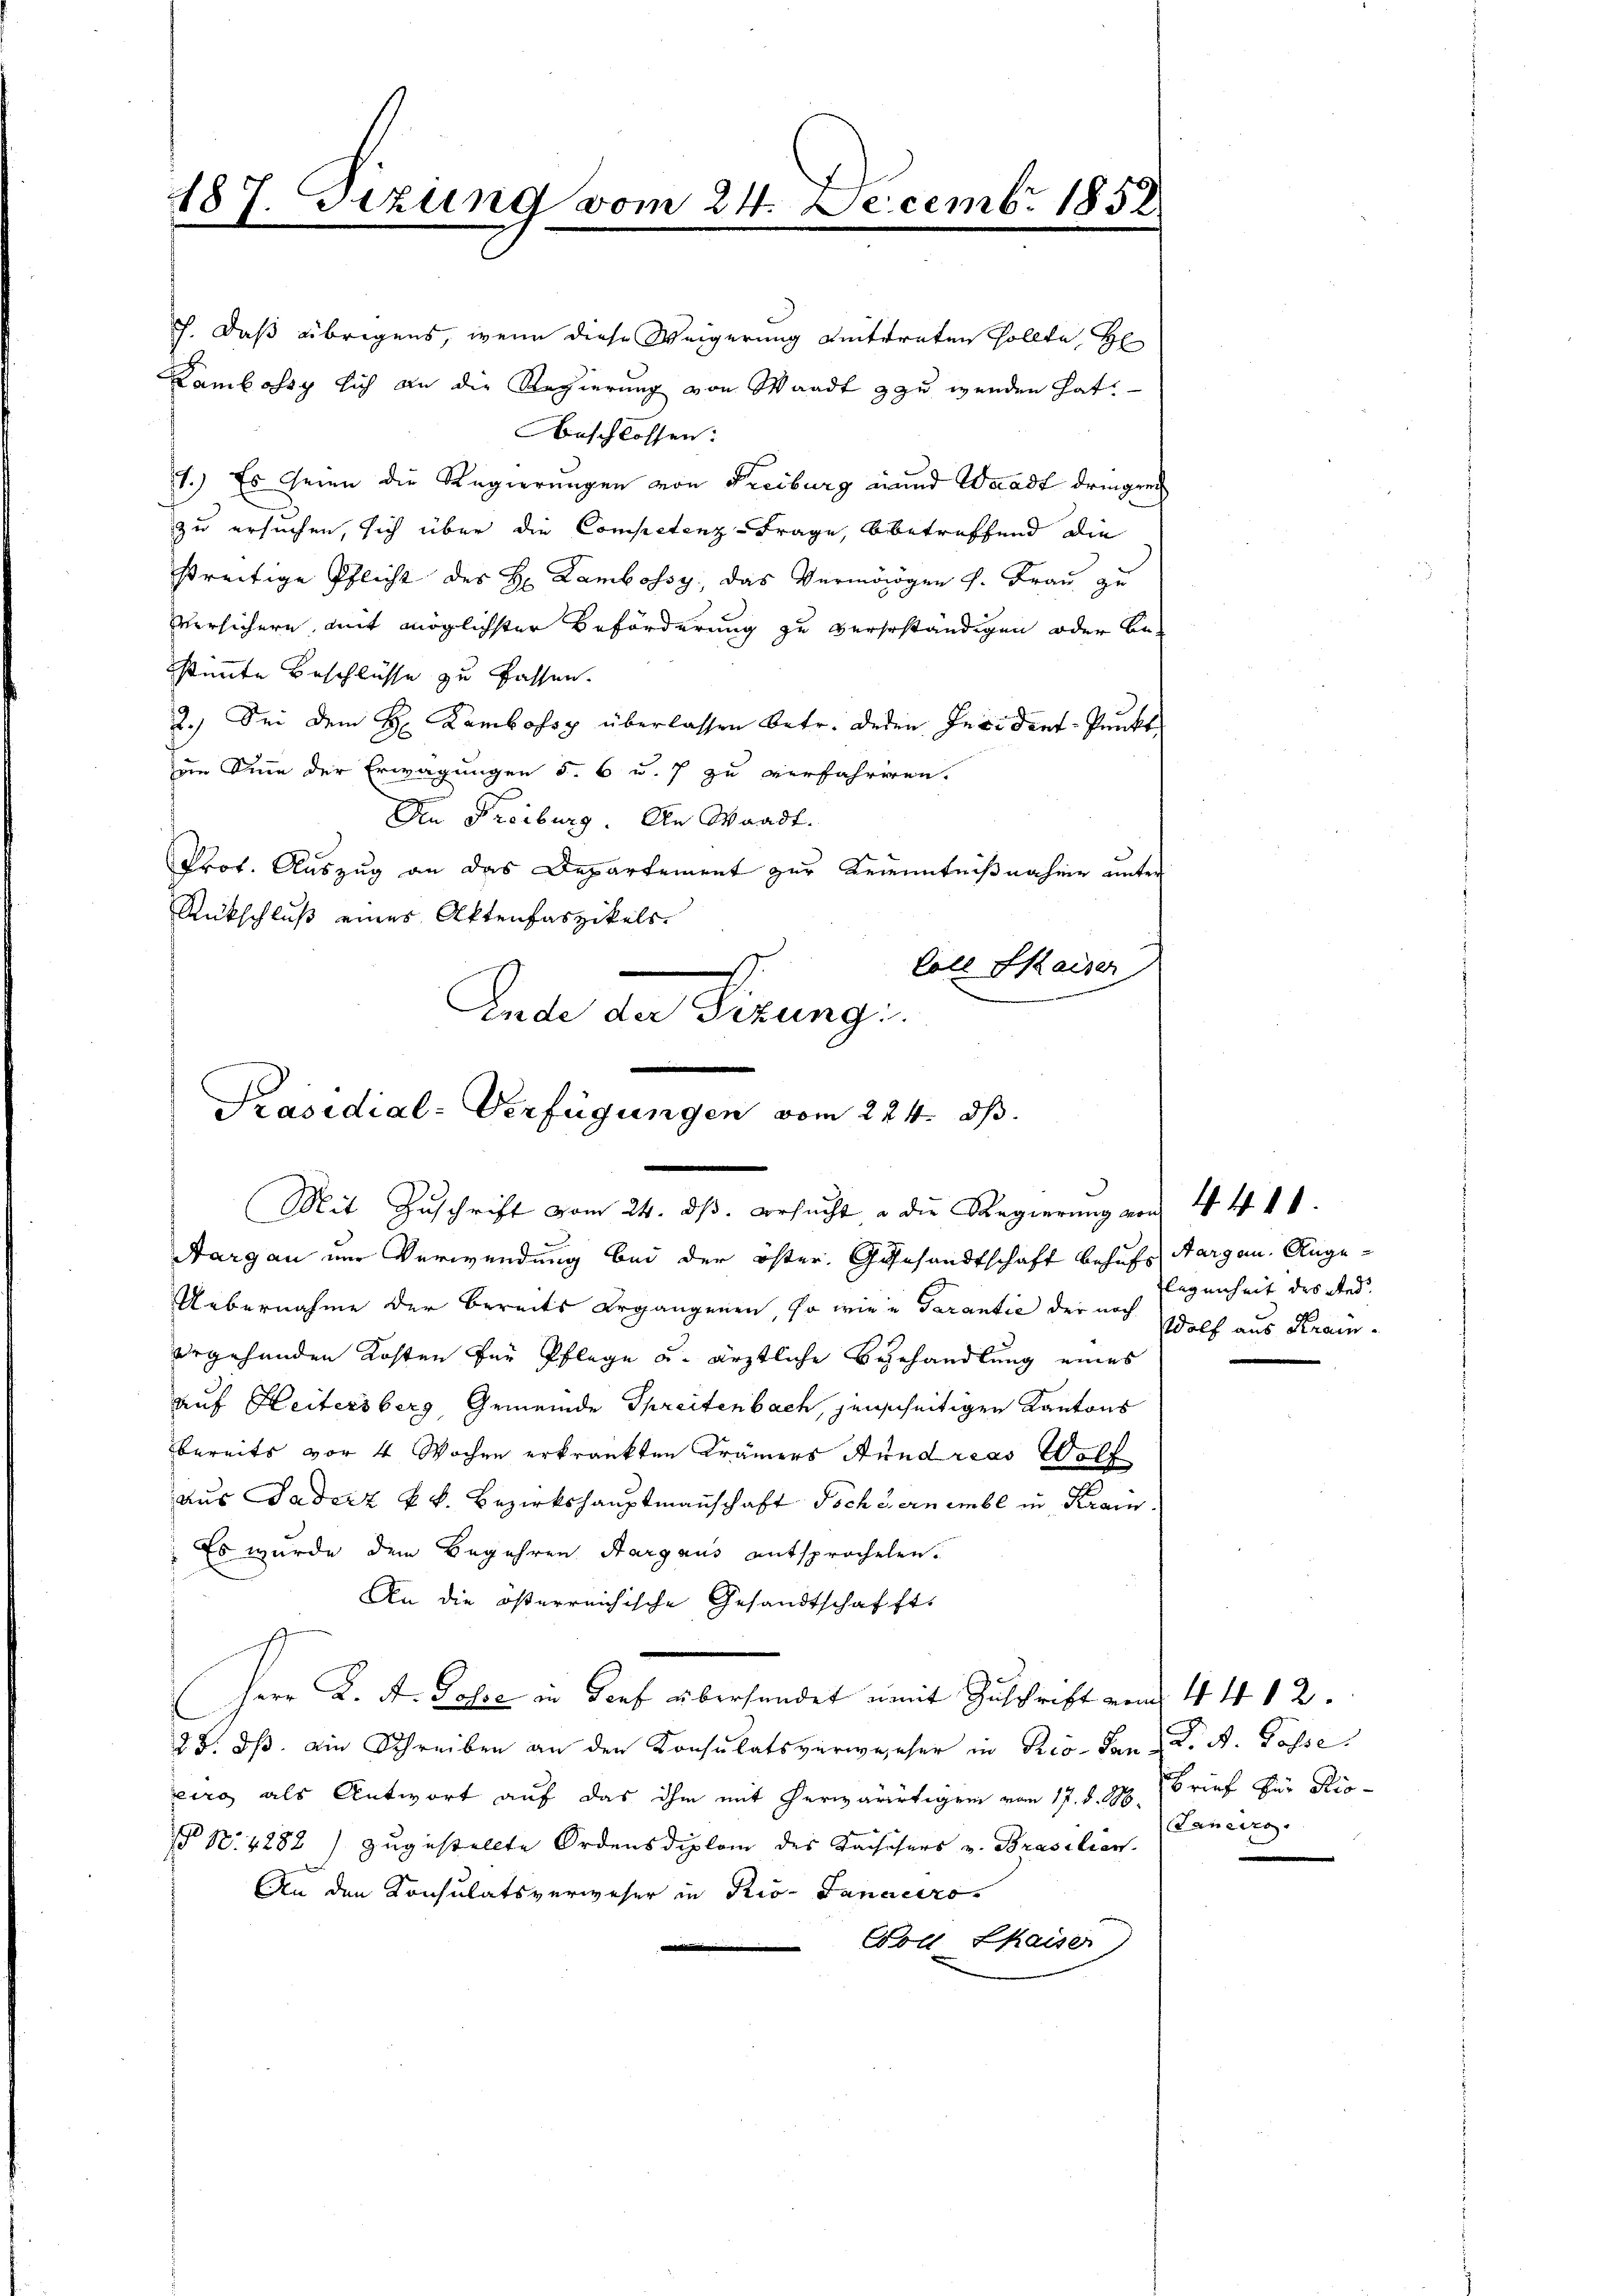
187. Sizung vom 24. Decembr 1858.

h. Daß übrigens, wenn diese Weigerung antreten sollte, H
Kamlosig sich an die Regierung von Waadt zu wenden hat.
beschlossen:
1.) Es seien die Regierungen von Freiburg und Waadt dringen
zu ersuchen, sich über die Competenz-Frage, betreffend die
streitige Pflicht des H: Lambossy das Vermögen v. Frau zu
Versichern mit möglichster Beförderung zu verseständigen oder be-
stimmte Beschlüsse zu fassen.
2.) Sei dem H. Kambossy überlassen betr. Jeden Insident-Punkt
eim Sinn der Erwägungen 5. 6 u. 7 zu verfahreren.
Ain Freiburg. An Waadt.
Prot. Auszug an das Departement zur Kenntnißnahme unter
Rückschluß eines Aktenfaszikels
Coll Kaiser
Lade an Situng.

Präsidial-Verfügungen vom 224. ds.
Mit Zŭschrift vom 24. dβ. ersŭcht u die Regierŭng von 4. 414.

Aargau um Verwendung bei der öster. Gesandtschaft behufs Aargau. Ange¬
Uebernahme der bereits ergangenen, so wie in Garantie der noch Wolf aus Kramergehenden Kosten für Pflege u. ärztliche Begehandlung eines
auf Heitersberg, Gemeinde Spreitenbach, jenseitigen Kantons
bereits vor 4 Wochen erkrankten Krämers Stundreas Wolf
aus Faderz k. k. Bezirkshauptmannschaft Tsche ernembl in Krain
Es wurde dem Begehren Aargaus entsprochelen.
An die österreichische Gesandtschaffts
Herr K. A. Posse in Torf überhandet womit Zuschrift vom 4. 4. 12.
25. ds. ein Schreiben an den Konsulatsverwieser in Pro- San K. A. Gasse
eirg als Antwort auf das ihm mit herwärtigen von 17. d. M. Brief für Rio¬
 N. 4282) zugestellte Ordens diplom des Kaissers v. Brasiliers.
An den Konsulatsverweser in Rio- Danaccro
Woll Chaiser,

Flegenheit des wird.

aneiro